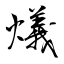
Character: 燨